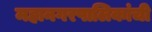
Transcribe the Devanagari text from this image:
महानगरपालिकांची